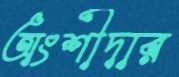
অংশীদার